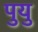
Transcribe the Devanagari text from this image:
पुयु